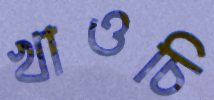
খাওচি